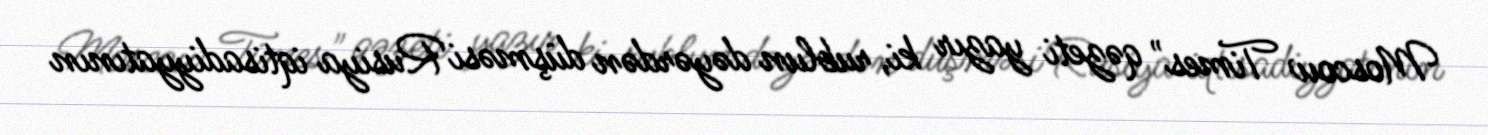
Moscow Times" qəzeti yazır ki, rublun dəyərdən düşməsi Rusiya iqtisadiyyatının